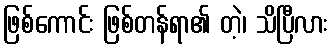
ဖြစ်ကောင်း ဖြစ်တန်ရာ၏ တဲ့၊ သိပြီလား